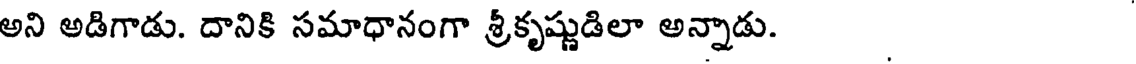
అని అడిగాడు. దానికి సమాధానంగా శ్రీకృష్ణుడిలా అన్నాడు.